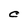
Character: C